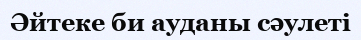
Әйтеке би ауданы сәулеті